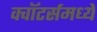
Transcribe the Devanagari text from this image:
क्वॉटर्समध्ये